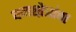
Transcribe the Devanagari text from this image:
वनक्षेत्रांचा